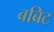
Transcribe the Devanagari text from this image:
बबिट